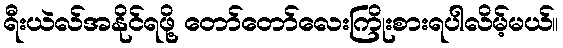
ရီးယဲလ်အနိုင်ရဖို့ တော်တော်လေးကြိုးစားရပါလိမ့်မယ်။